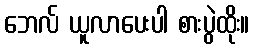
ဘေလ် ယူလာပေးပါ စားပွဲထိုး။